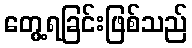
တွေ့ရခြင်းဖြစ်သည်